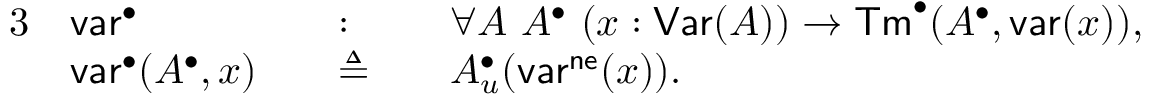
\begin{array} { r l r l r l } { { 3 } } & { \mathsf { v a r } ^ { \bullet } } & & { : } & & { \forall A \ A ^ { \bullet } \ ( x : \mathsf { V a r } ( A ) ) \to \mathsf { T m } ^ { \bullet } ( A ^ { \bullet } , \mathsf { v a r } ( x ) ) , } \\ & { \mathsf { v a r } ^ { \bullet } ( A ^ { \bullet } , x ) } & & { \triangleq } & & { A _ { u } ^ { \bullet } ( \mathsf { v a r } ^ { \mathsf { n e } } ( x ) ) . } \end{array}